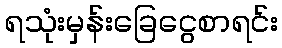
ရသုံးမှန်းခြေငွေစာရင်း